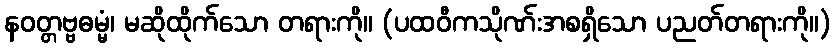
နဝတ္တဗ္ဗဓမ္မံ၊ မဆိုထိုက်သော တရားကို။ (ပထဝီကသိုဏ်းအစရှိသော ပညတ်တရားကို။)